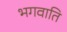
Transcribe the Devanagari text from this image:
भगवाति